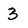
Character: 3